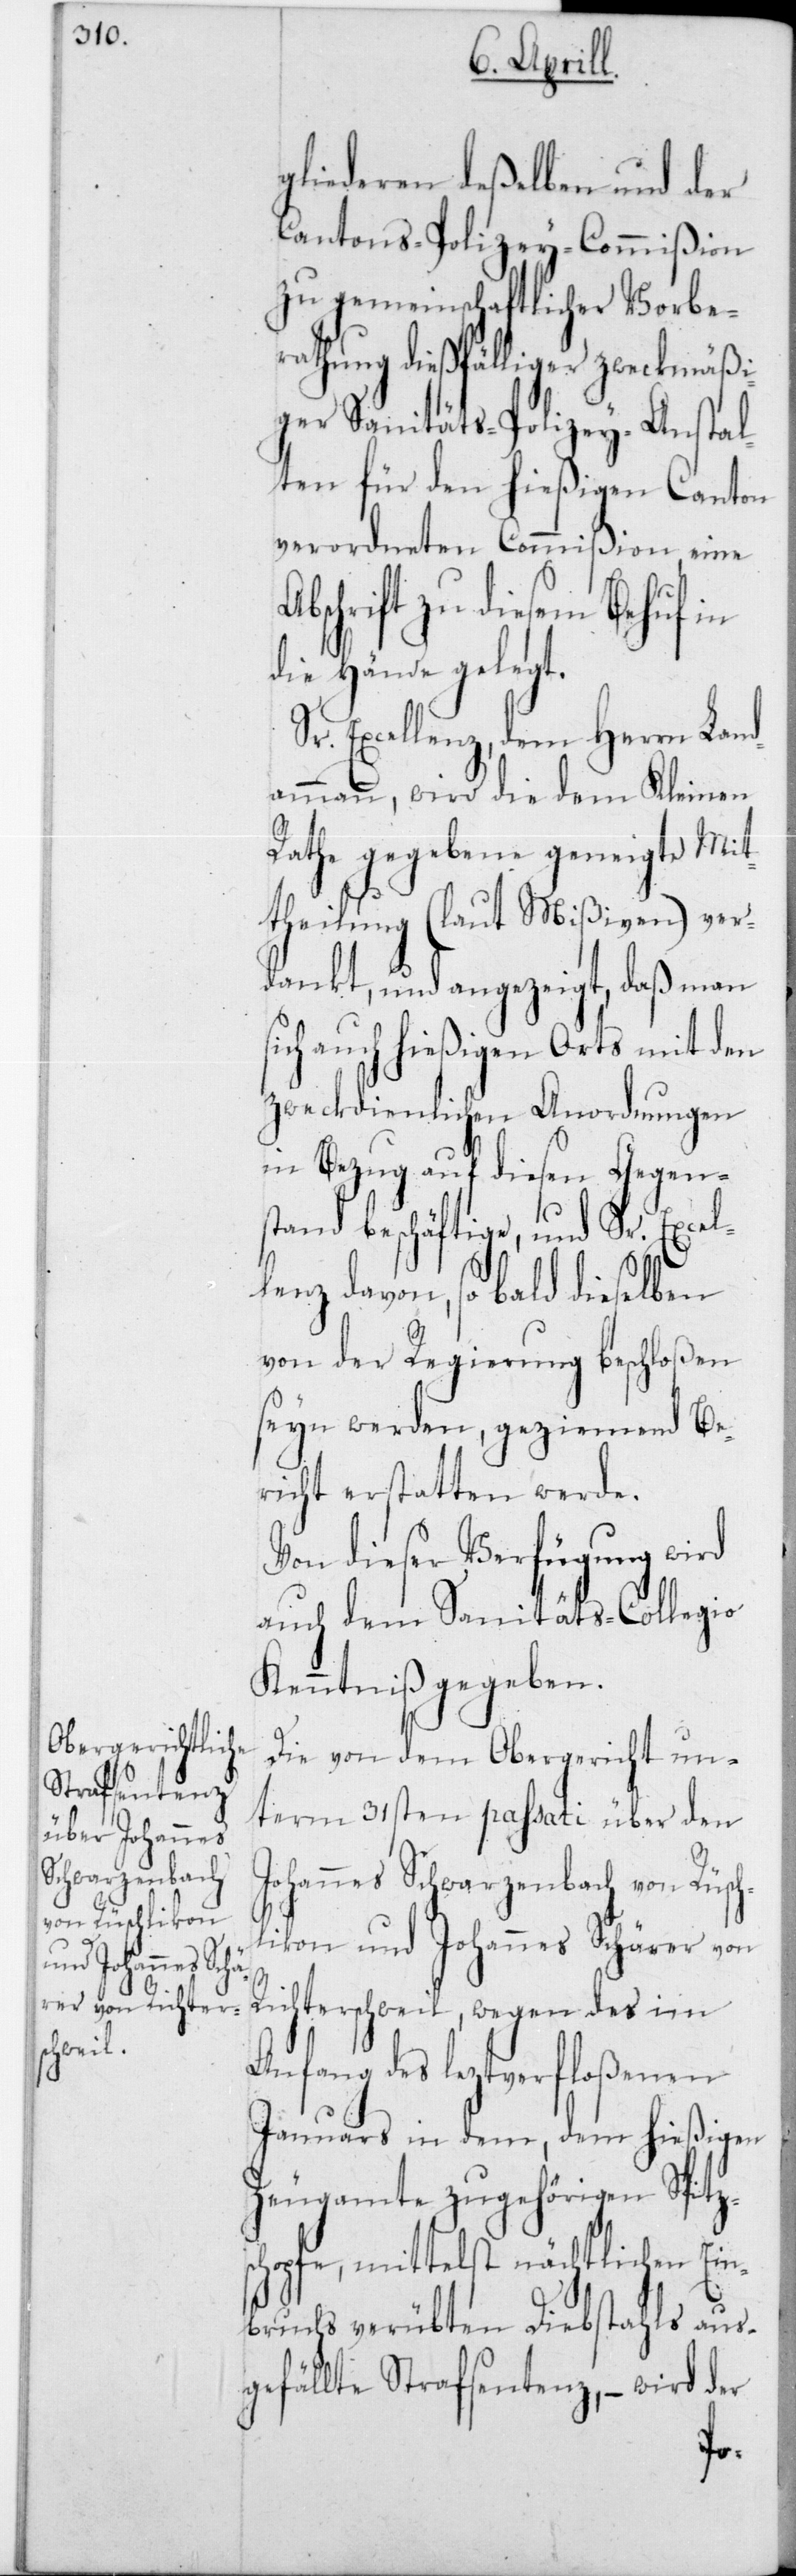
gliederen deßelben und der
Cantons-Polizey-Commißion
zu gemeinschaftlicher Vorbe¬
rathung dießfälliger zweckmäss¬
iger Sanitäts-Polizey-Anstal¬
ten für den hießigen Canton
verordneten Commißion eine
bschrift zu diesem Behuf in
die Hände gelegt.
Sr. Excellenz, dem Herrn Land¬
ammann, wird die dem Kleinen
Rathe gegebene geneigte Mit¬
theilung (laut Mißiven) ver¬
dankt, und angezeigt, daß man
sich auch hießigen Orts mit den
zweckdienlichen Anordnungen
in Bezug auf diesen Gegen¬
stand beschäftige, und Sr. Excel¬
lenz davon, sobald dieselben
von der Regierung beschloßen
seyn werden, geziemend Be¬
richt erstatten werde.
Von dieser Verfügung wird
auch dem Sanitäts-Collegio
Kenntniß gegeben.
Die von dem Obergericht un¬
term 31sten passati über den
Johannes Schwarzenbach von Rüsch¬
A¬
likon und Johannes Schärer von
Richterschweil, wegen des im
Anfang des leztverfloßenen
Januars in dem, dem hießigen
Zeugamte zugehörigen Spitz¬
schopfe, mittelst nächtlichen Ein¬
bruchs verübten Diebstahls aus¬
gefällte Strafsentenz, – wird der